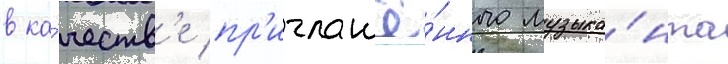
в ка́честв'е пр'иглашё́нного музыка́нта